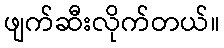
ဖျက်ဆီးလိုက်တယ်။